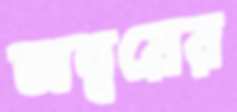
অন্বয়ের